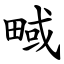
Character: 㽣